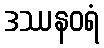
ဒဿနဝရံ